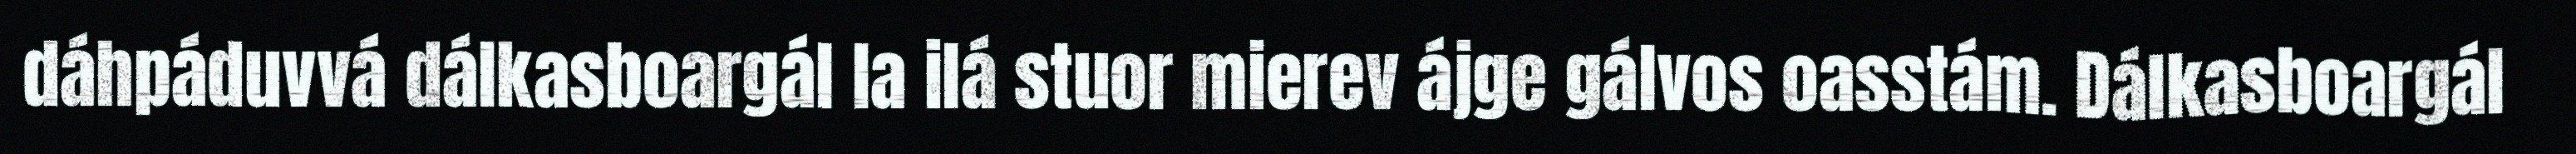
dáhpáduvvá dálkasboargál la ilá stuor mierev ájge gálvos oasstám. Dálkasboargál